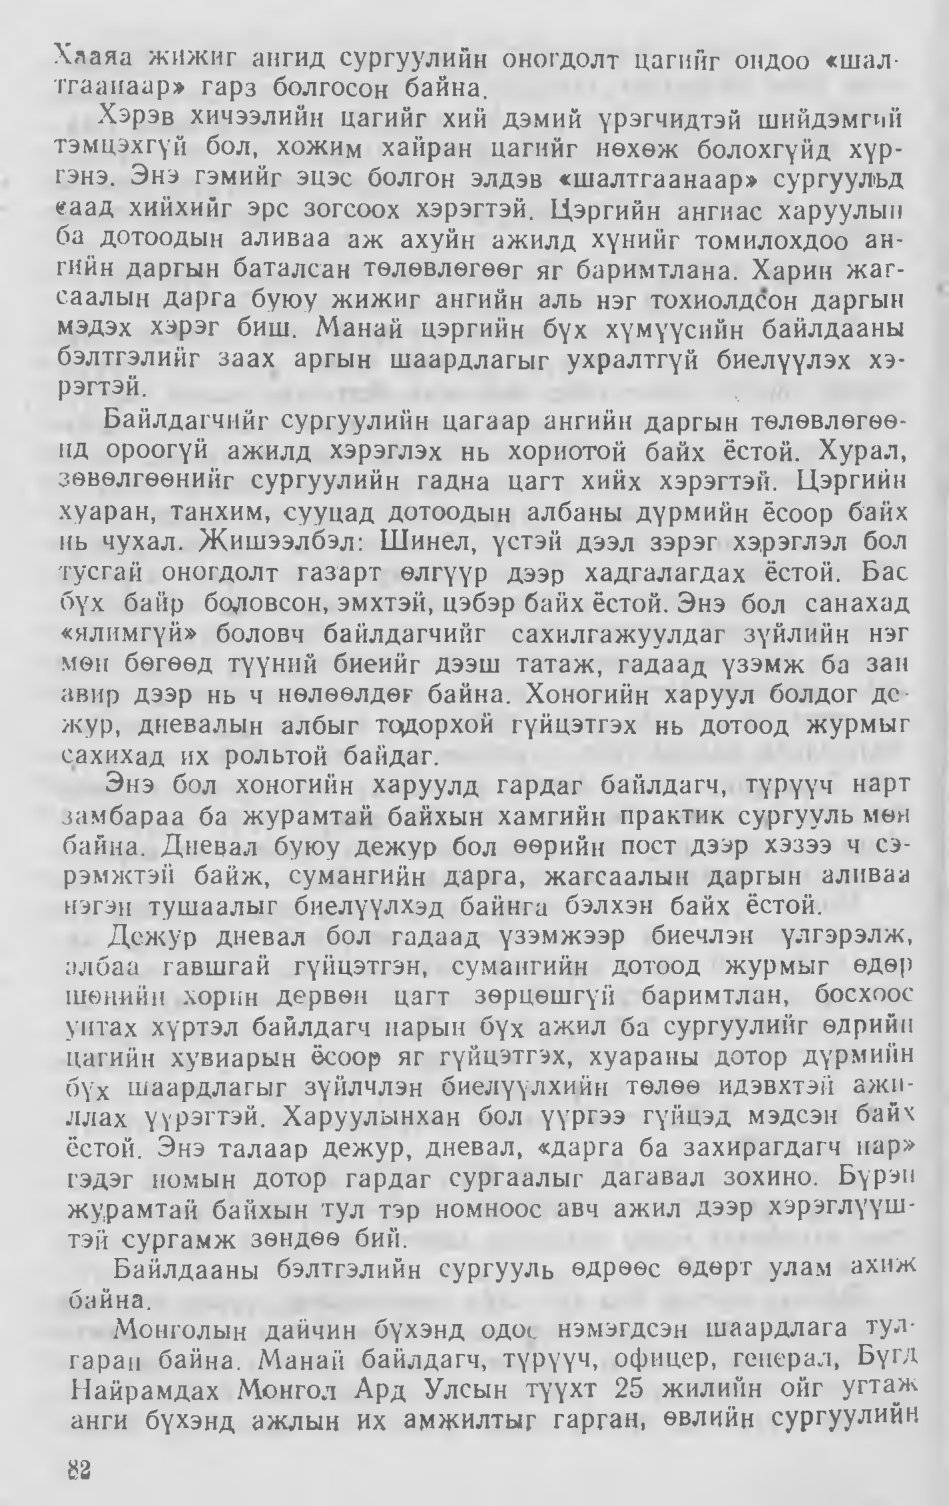
Language: mn